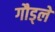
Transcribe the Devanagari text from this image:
गौड्ले